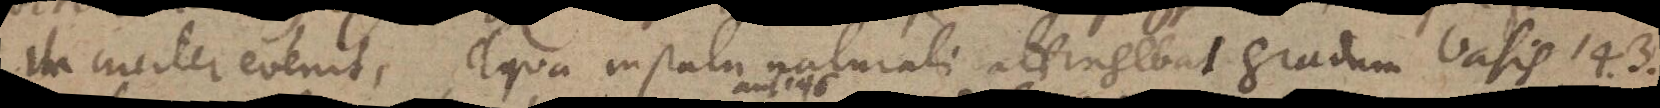
ita circiter evenit, aqua in statu naturali attingebat gradum vasis 143.